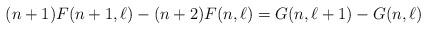
LaTeX: \begin{align*} (n+1)F(n+1, \ell)-(n+2)F(n, \ell)=G(n, \ell+1)- G(n, \ell) \end{align*}